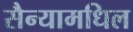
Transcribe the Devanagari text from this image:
सैन्यामधिल